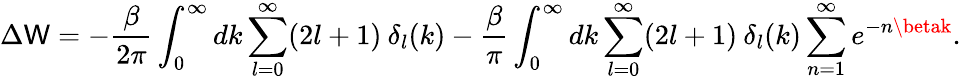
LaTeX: \Delta\mathsf{W}=-\frac{{\beta}}{{2\pi}}\int_{0}^{\infty}dk\sum_{l=0}^{\infty}(2l+1)\: {\delta}_{l}(k)-\frac{{\beta}}{{\pi}}\int_{0}^{\infty}dk\sum_{l=0}^{\infty}(2l+1)\: \delta_{l}(k)\sum_{n=1}^{\infty}e^{-n\betak}.